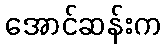
အောင်ဆန်းက